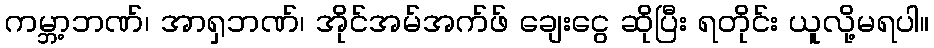
ကမ္ဘာ့ဘဏ်၊ အာရှဘဏ်၊ အိုင်အမ်အက်ဖ် ချေးငွေ ဆိုပြီး ရတိုင်း ယူလို့မရပါ။